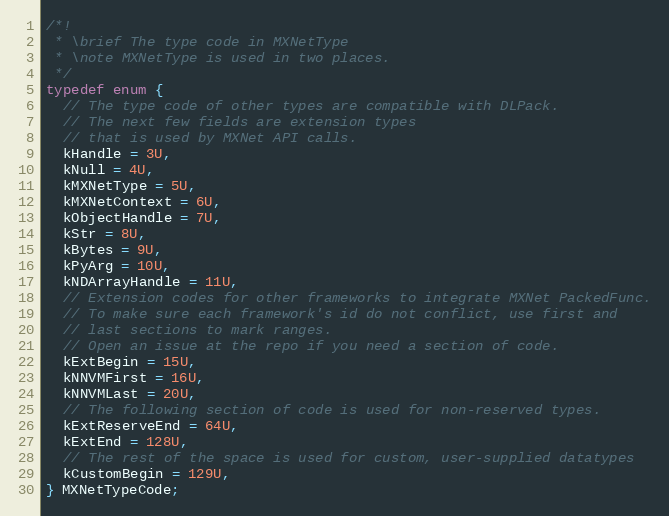
Language: C
/*!
 * \brief The type code in MXNetType
 * \note MXNetType is used in two places.
 */
typedef enum {
  // The type code of other types are compatible with DLPack.
  // The next few fields are extension types
  // that is used by MXNet API calls.
  kHandle = 3U,
  kNull = 4U,
  kMXNetType = 5U,
  kMXNetContext = 6U,
  kObjectHandle = 7U,
  kStr = 8U,
  kBytes = 9U,
  kPyArg = 10U,
  kNDArrayHandle = 11U,
  // Extension codes for other frameworks to integrate MXNet PackedFunc.
  // To make sure each framework's id do not conflict, use first and
  // last sections to mark ranges.
  // Open an issue at the repo if you need a section of code.
  kExtBegin = 15U,
  kNNVMFirst = 16U,
  kNNVMLast = 20U,
  // The following section of code is used for non-reserved types.
  kExtReserveEnd = 64U,
  kExtEnd = 128U,
  // The rest of the space is used for custom, user-supplied datatypes
  kCustomBegin = 129U,
} MXNetTypeCode;